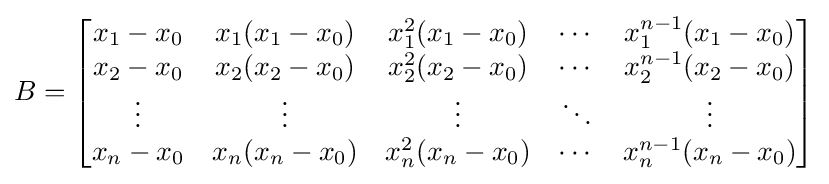
B={\begin{bmatrix}x_{1}-x_{0}&x_{1}(x_{1}-x_{0})&x_{1}^{2}(x_{1}-x_{0})&\cdots &x_{1}^{n-1}(x_{1}-x_{0})\\x_{2}-x_{0}&x_{2}(x_{2}-x_{0})&x_{2}^{2}(x_{2}-x_{0})&\cdots &x_{2}^{n-1}(x_{2}-x_{0})\\\vdots &\vdots &\vdots &\ddots &\vdots \\x_{n}-x_{0}&x_{n}(x_{n}-x_{0})&x_{n}^{2}(x_{n}-x_{0})&\cdots &x_{n}^{n-1}(x_{n}-x_{0})\\\end{bmatrix}}